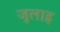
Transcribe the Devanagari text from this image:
जूलाइ